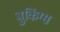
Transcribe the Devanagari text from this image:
बुकिंग्स